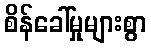
စိန်ခေါ်မှုများစွာ